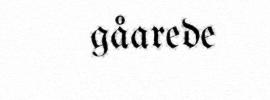
gåarede